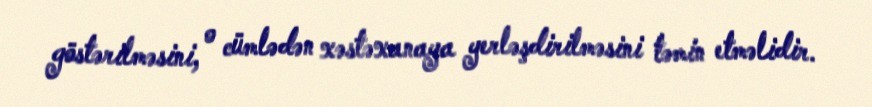
göstərilməsini, o cümlədən xəstəxanaya yerləşdirilməsini təmin etməlidir.